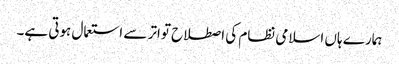
ہمارے ہاں اسلامی نظام کی اصطلاح تواتر سے استعمال ہوتی ہے۔